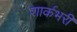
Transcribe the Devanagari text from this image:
शार्कभरी